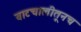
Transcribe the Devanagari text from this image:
वाटचालीतूनच